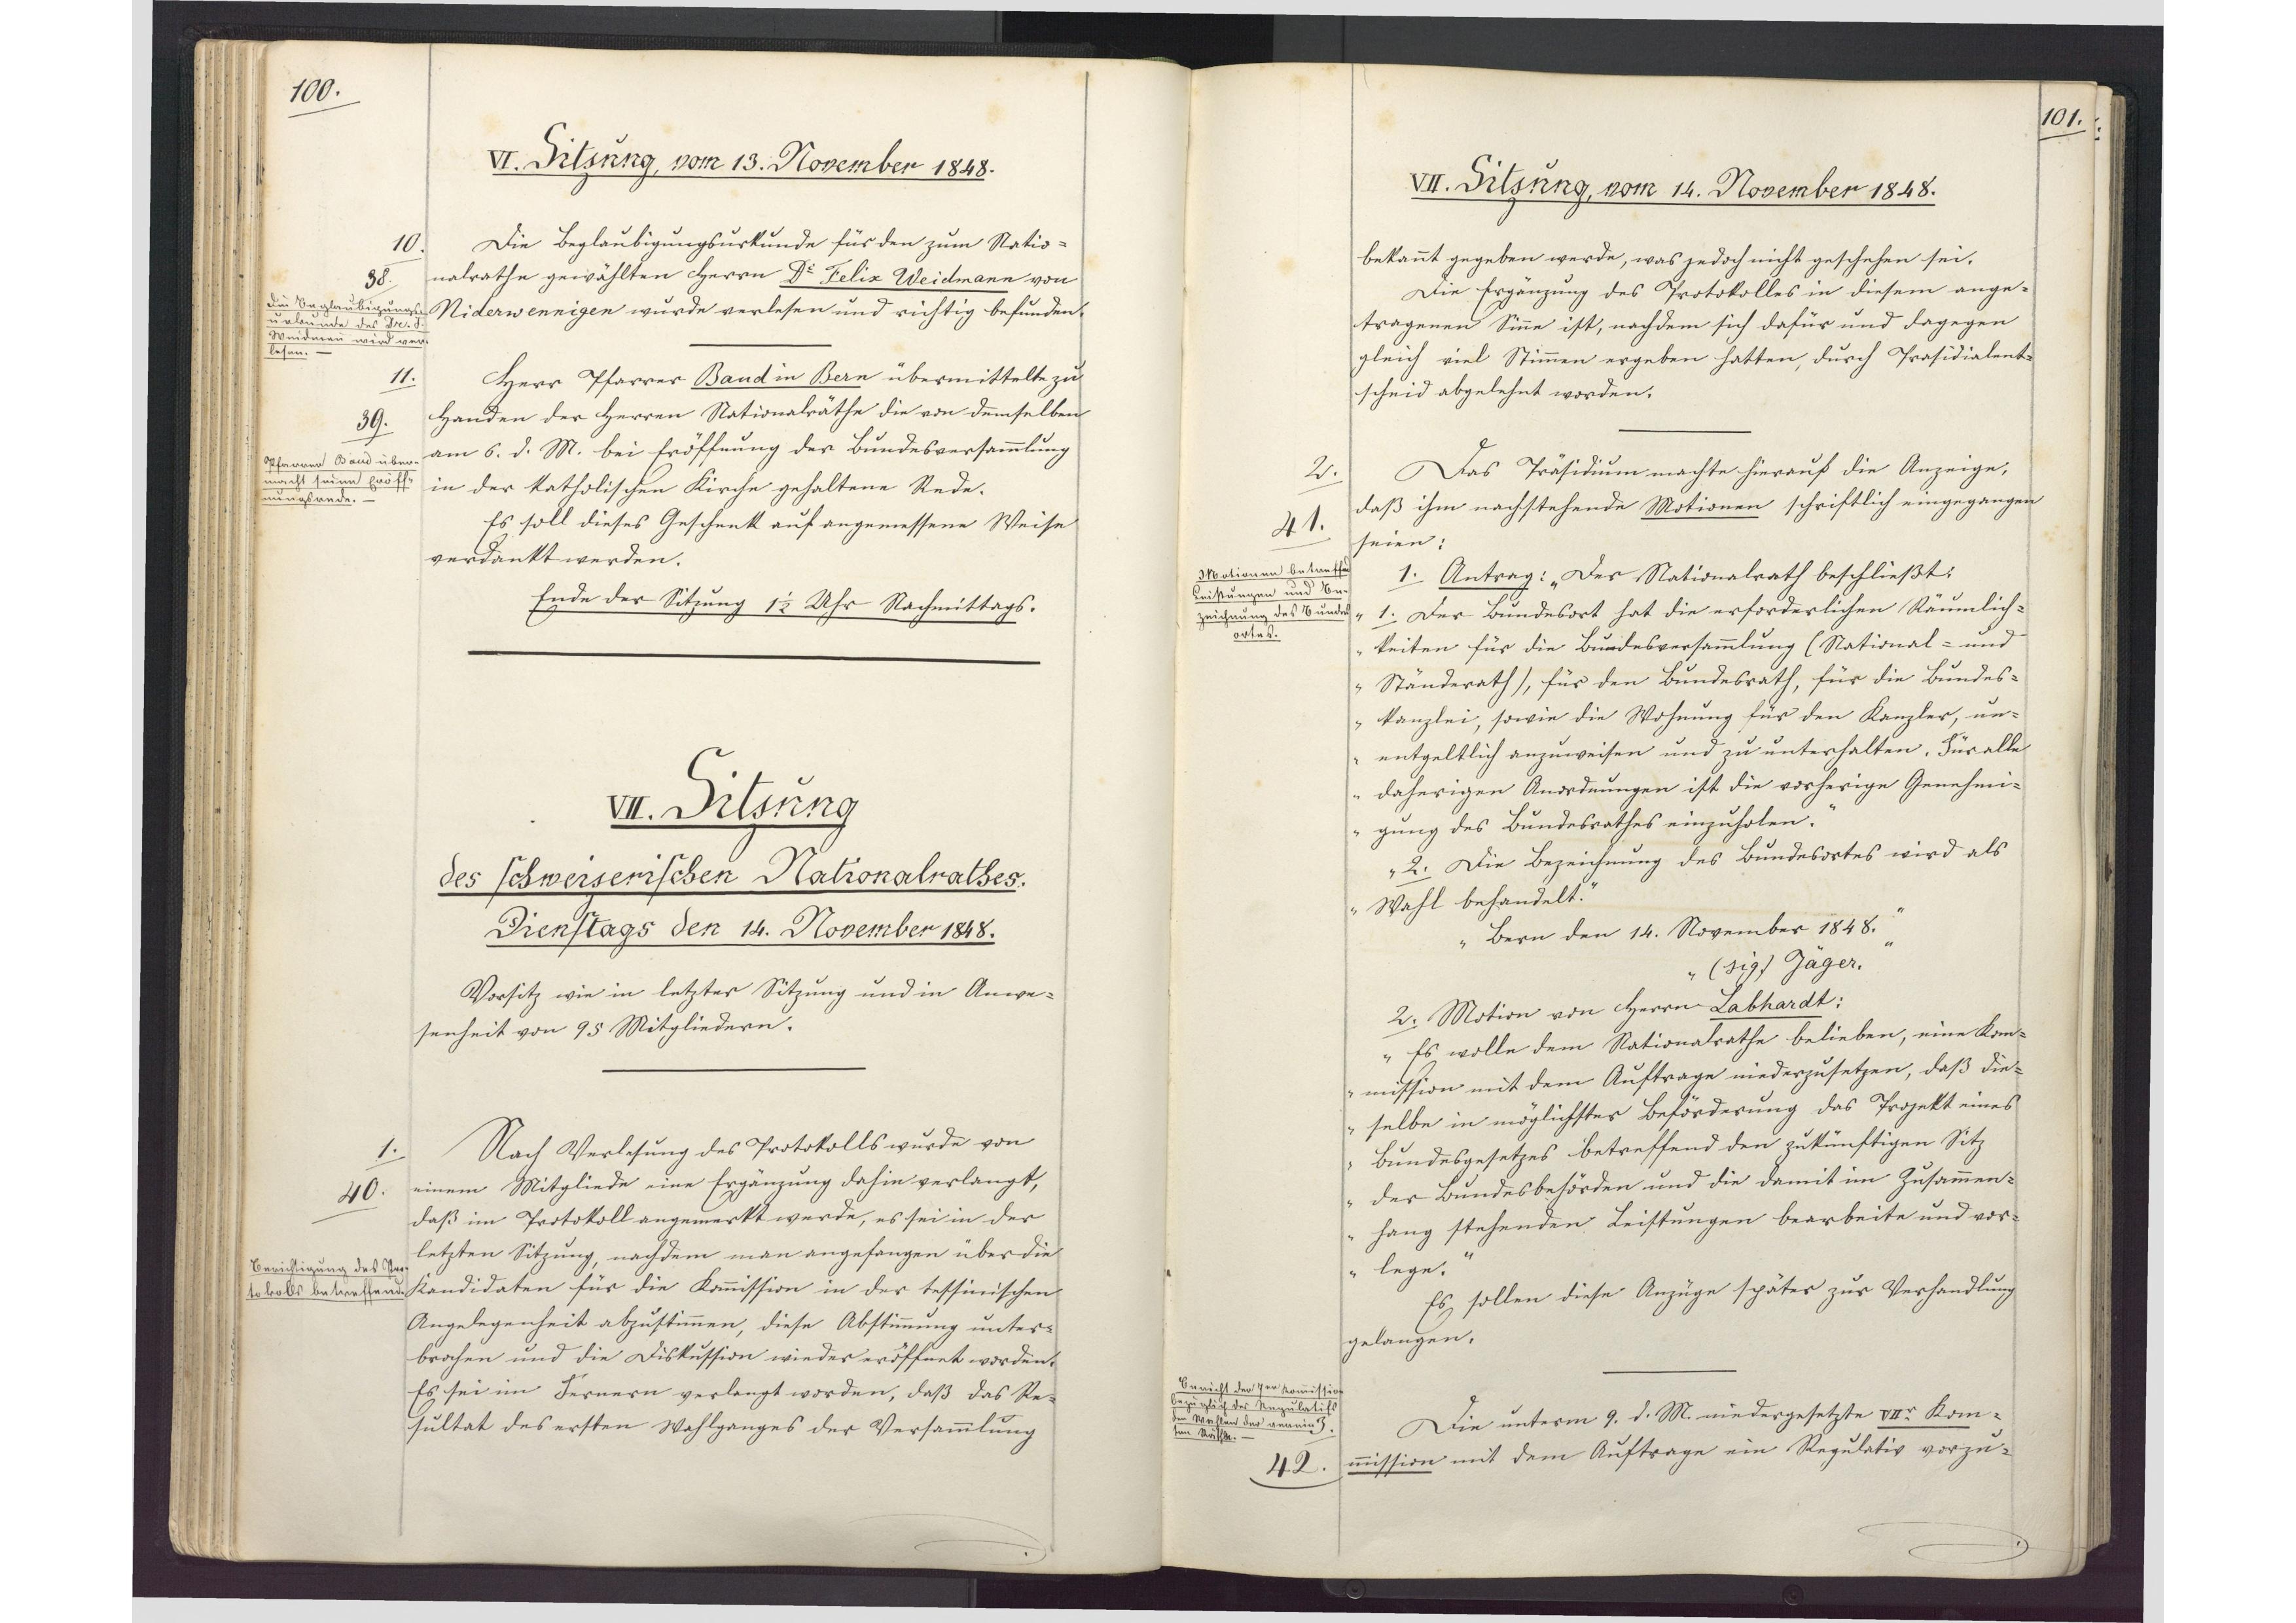
100

VI. Sitzung, vom 13. November 1848.

Die Beglaubigungsurkunde für den zum Natio¬
nalrathe gewählten Herrn Dr. Feliz Weidmann von
Niderwennigen wurde verlesen und richtig befunden.
Herr Pfarrer Band in Bern übermittelte zu
Handen der Herren Nationalräthe die von demselben
am 6. d. M. bei Eröffnung der Bundesversammlung
in der Katholischen Kirche gehaltene Rede.
Es soll dieses Geschenk auf angemessene Weise
verdankt werden.
Ende der Sitzung 1 1/2 Uhr Nachmittags.

10.
38.
Die Beglaubigungs¬
urkunde des Dr. F.
Weidmann wird ver¬
lesen.

11.
39.
Pfarrer Band über¬
macht seine Eröff¬
nungsrede.